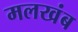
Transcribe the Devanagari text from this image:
मलखंब